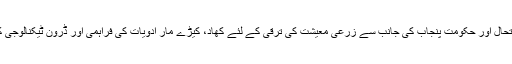
انہوں نے اس حوالے سے تازہ ترین صورتحال اور حکومت پنجاب کی جانب سے زرعی معیشت کی ترقی کے لئے کھاد، کیڑے مار ادویات کی فراہمی اور ڈرون ٹیکنالوجی کے استعمال کے حوالے سے بھی آگاہ کیا۔